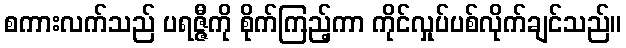
စကားလက်သည် ပရဇ္ဇီကို စိုက်ကြည့်ကာ ကိုင်လှုပ်ပစ်လိုက်ချင်သည်။